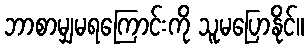
ဘာစာမျှမရကြောင်းကို သူမပြောနိုင်။